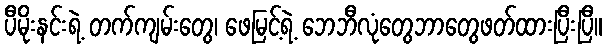
ပီမိုးနင်းရဲ့ တက်ကျမ်းတွေ၊ ဖေမြင့်ရဲ့ ဘေဘီလုံတွေဘာတွေဖတ်ထားပြီးပြီ။